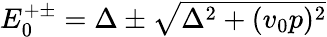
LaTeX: \begin{array}{r}{E_{0}^{+\pm}=\Delta\pm\sqrt{\Delta^{2}+(v_{0}p)^{2}}}\end{array}